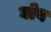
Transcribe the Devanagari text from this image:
घोव